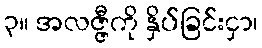
၃။ အလဇ္ဇီကို နှိပ်ခြင်းငှာ၊